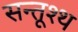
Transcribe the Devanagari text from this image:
सन्तूश्थ